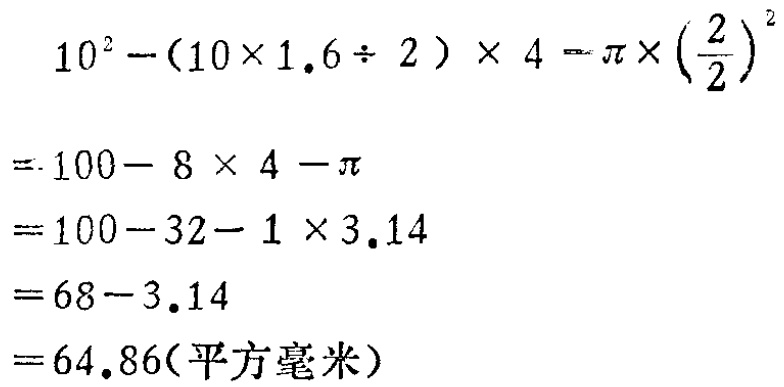
\[

\begin{align*}

&10^{2}-(10\times1.6\div2)\times4-\pi\times\left(\frac{2}{2}\right)^{2}\\

=&100 - 8\times4-\pi\\

=&100-32 - 1\times3.14\\

=&68-3.14\\

=&64.86(\text{平方毫米})

\end{align*}

\]